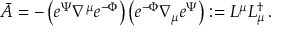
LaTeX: \bar { A } = - \left( e ^ { \Psi } \nabla ^ { \mu } e ^ { - \Phi } \right) \left( e ^ { - \Phi } \nabla _ { \mu } e ^ { \Psi } \right) : = L ^ { \mu } L _ { \mu } ^ { \dag } \, .